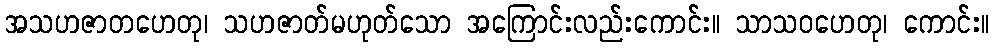
အသဟဇာတဟေတု၊ သဟဇာတ်မဟုတ်သော အကြောင်းလည်းကောင်း။ သာသဝဟေတု၊ ကောင်း။